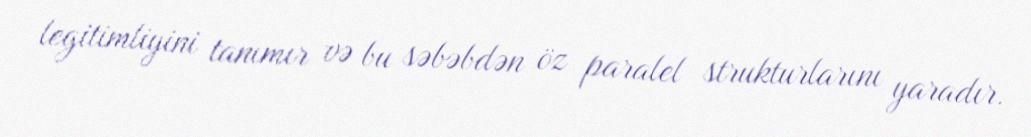
legitimliyini tanımır və bu səbəbdən öz paralel strukturlarını yaradır.